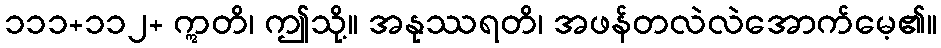
၁၁၁+၁၁၂+ ဣတိ၊ ဤသို့။ အနုဿရတိ၊ အဖန်တလဲလဲအောက်မေ့၏။